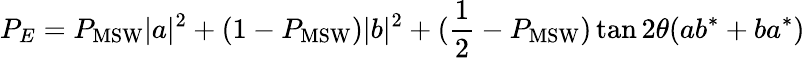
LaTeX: P_{E}=P_{\mathrm{MSW}}|a|^{2}+(1-P_{\mathrm{MSW}})|b|^{2}+({\frac{1}{2}}-P_{\mathrm{MSW}})\tan 2\theta(ab^{*}+ba^{*})